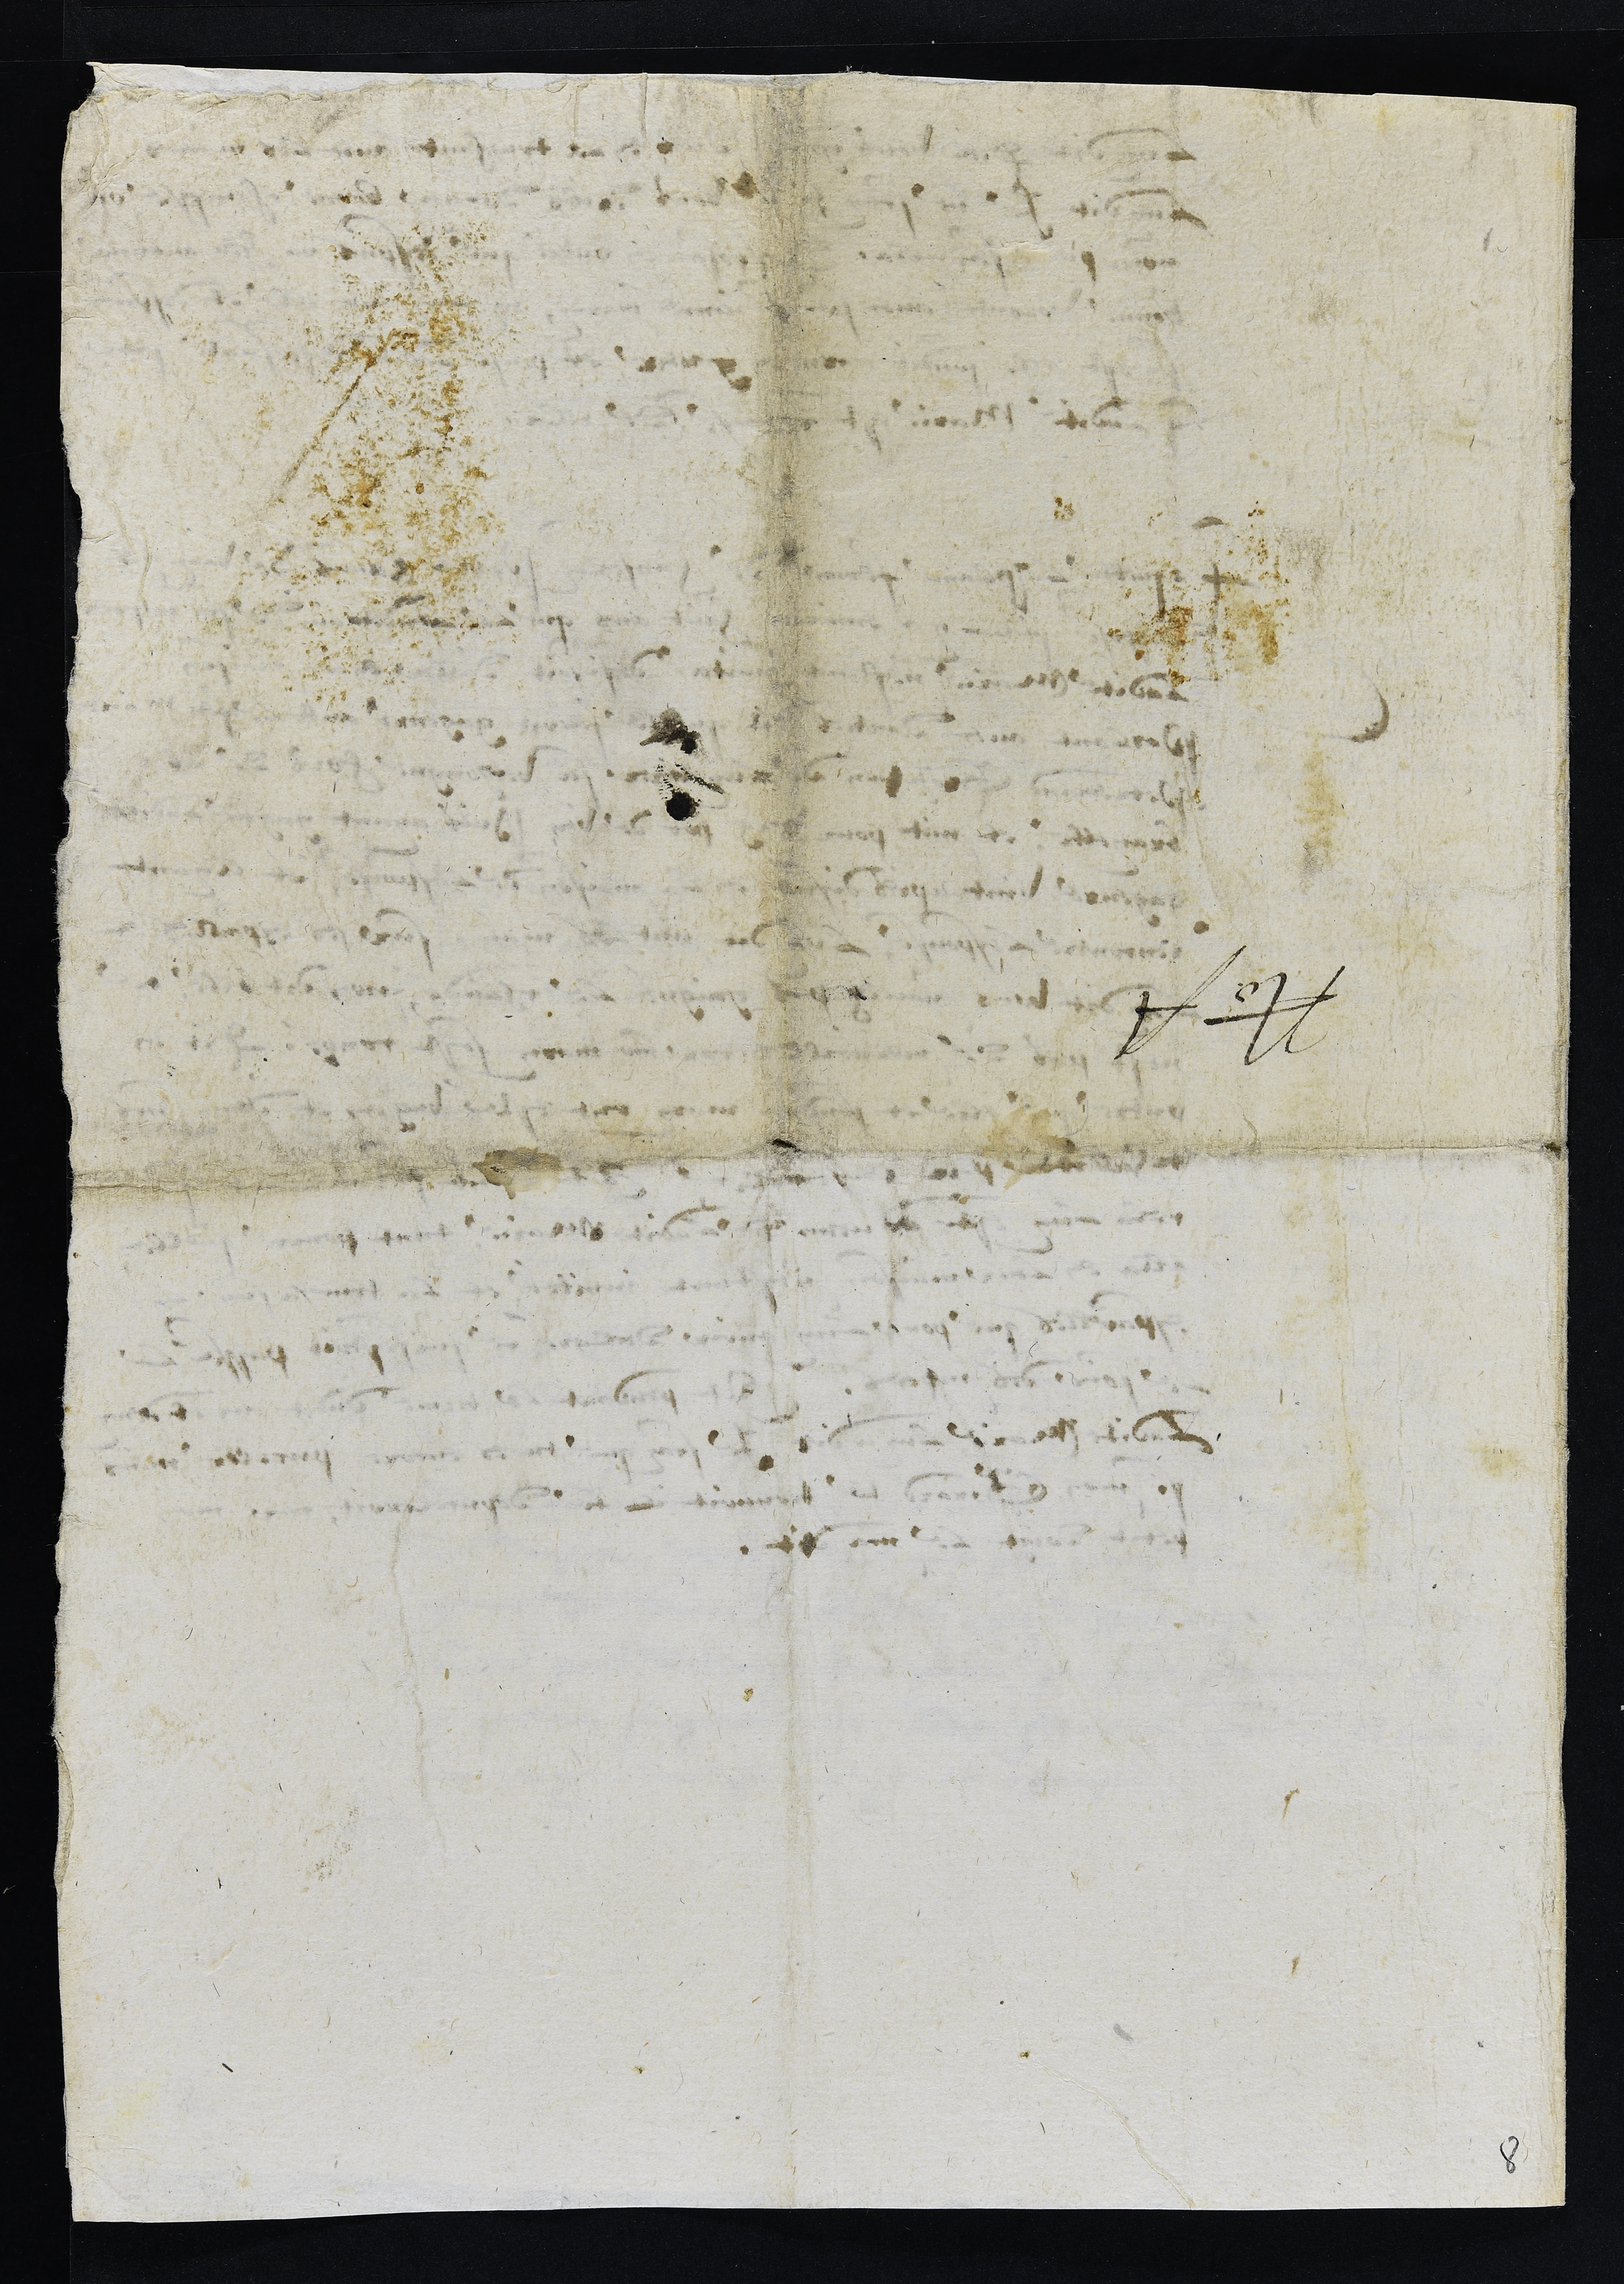
8